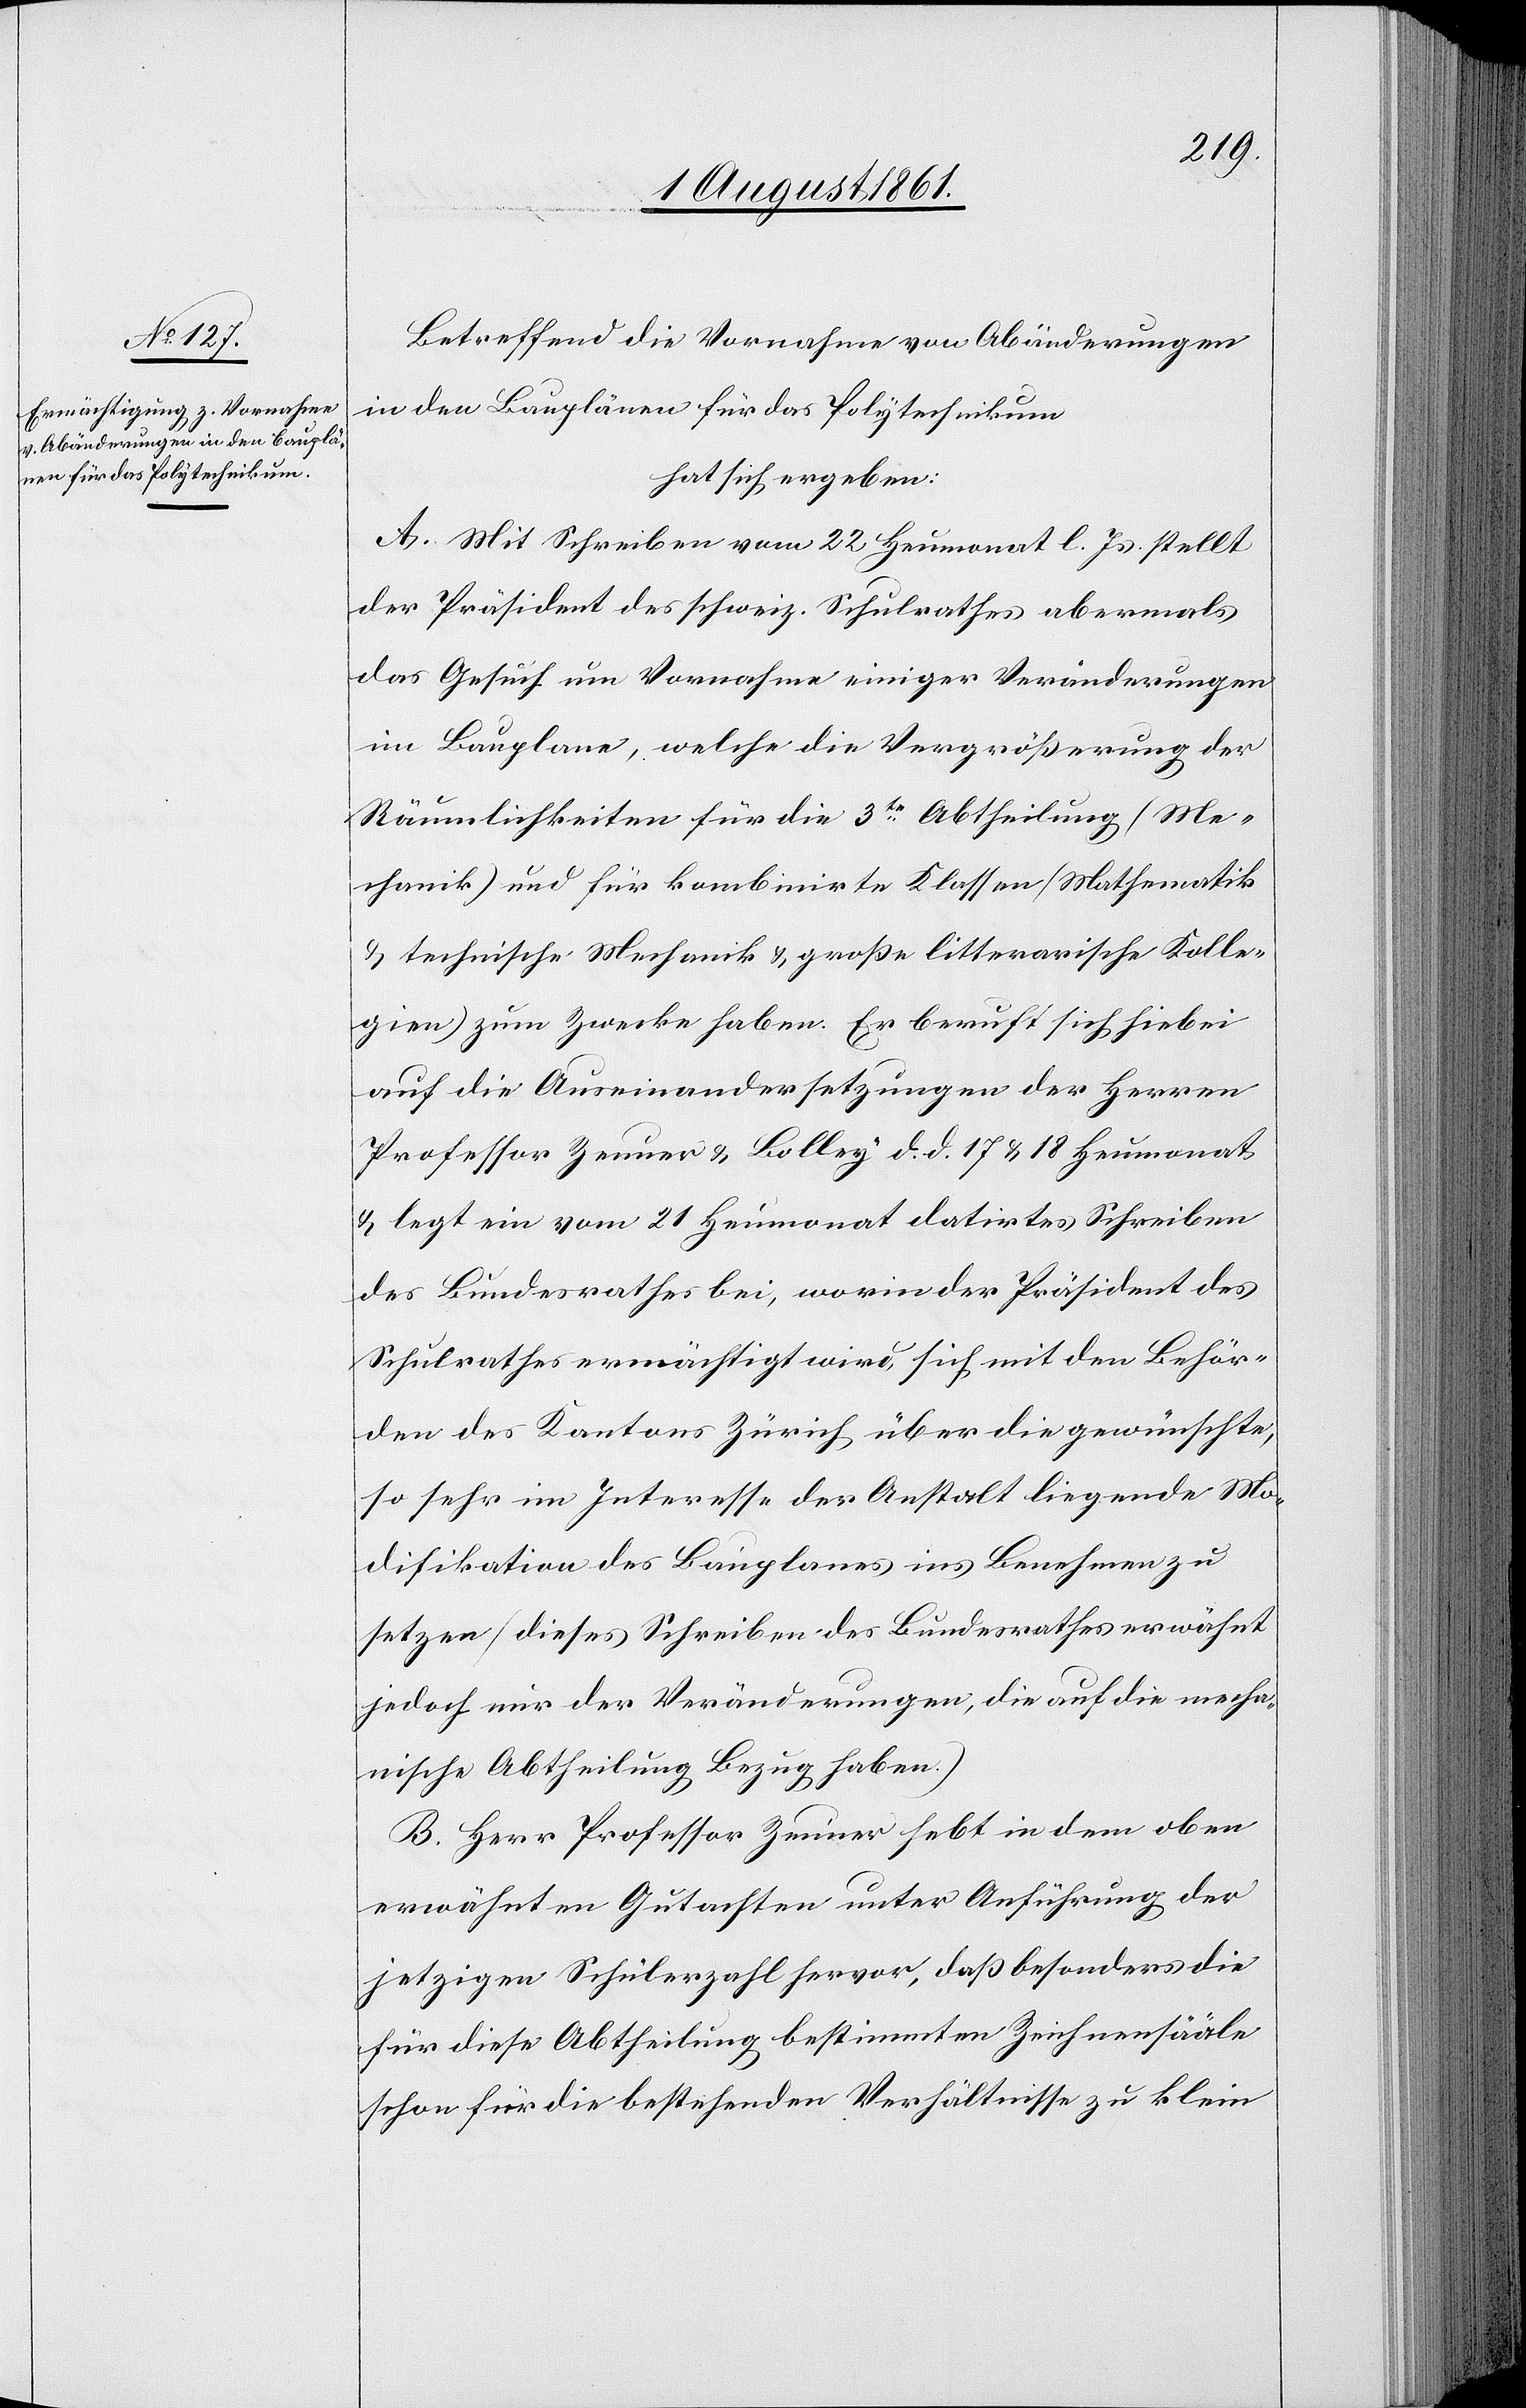
Betreffend die Vornahme von Abänderungen
in den Bauplänen für das Polytechnikum
hat sich ergeben:
A. Mit Schreiben vom 22 Heumonat l. Js. stellt
der Präsident des schweiz. Schulrathes abermals
das Gesuch um Vornahme einiger Veränderungen
im Bauplane, welche die Vergrößerung der
Räumlichkeiten für die 3te Abtheilung [Me¬
chanik] und für kombinirte Klassen [Mathematik
u. technische Mechanik u. große litterarische Kolle¬
gien] zum Zwecke haben. Er beruft sich hiebei
auf die Auseinandersetzungen der Herrn
Professor Zeuner u. Bolley d. d. 17 u. 18 Heumonat
u. legt ein vom 21 Heumonat datirtes Schreiben
des Bundesrathes bei, worin der Präsident des
Schulrathes ermächtigt wird, sich mit den Behör¬
den des Kantons Zürich über die gewünschte,
so sehr im Interesse der Anstalt liegende Mo¬
difikation des Bauplanes ins Benehmen
setzen (dieses Schreiben des Bundesrathes erwähnt
jedoch nur der Veränderungen, die auf die mecha¬
nische Abtheilung Bezug haben.)
B. Herr Professor Zeuner hebt in dem oben
erwähnten Gutachten unter Anführung der
jetzigen Schülerzahl hervor, daß besonders die
für diese Abtheilung bestimmten Zeichensääle
schon für die bestehenden Verhältnisse zu klein